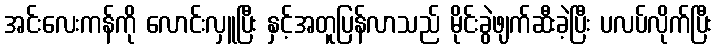
အင်းလေးကန်ကို လောင်းလှူပြီး နှင့်အတူပြန်လာသည် မိုင်းခွဲဖျက်ဆီးခဲ့ပြီး ပလပ်လိုက်ပြီး